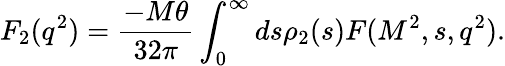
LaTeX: F_{2}(q^{2})={\frac{-M\theta}{32\pi}}\int_{0}^{\infty}ds\rho_{2}(s)F(M^{2},s,q^{2}).